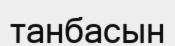
танбасын